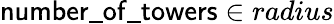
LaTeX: \mathsf{number\_ of\_ towers}\in radius